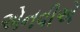
એનવીએ